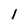
Character: 1